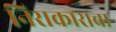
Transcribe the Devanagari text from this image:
निराकाराचा